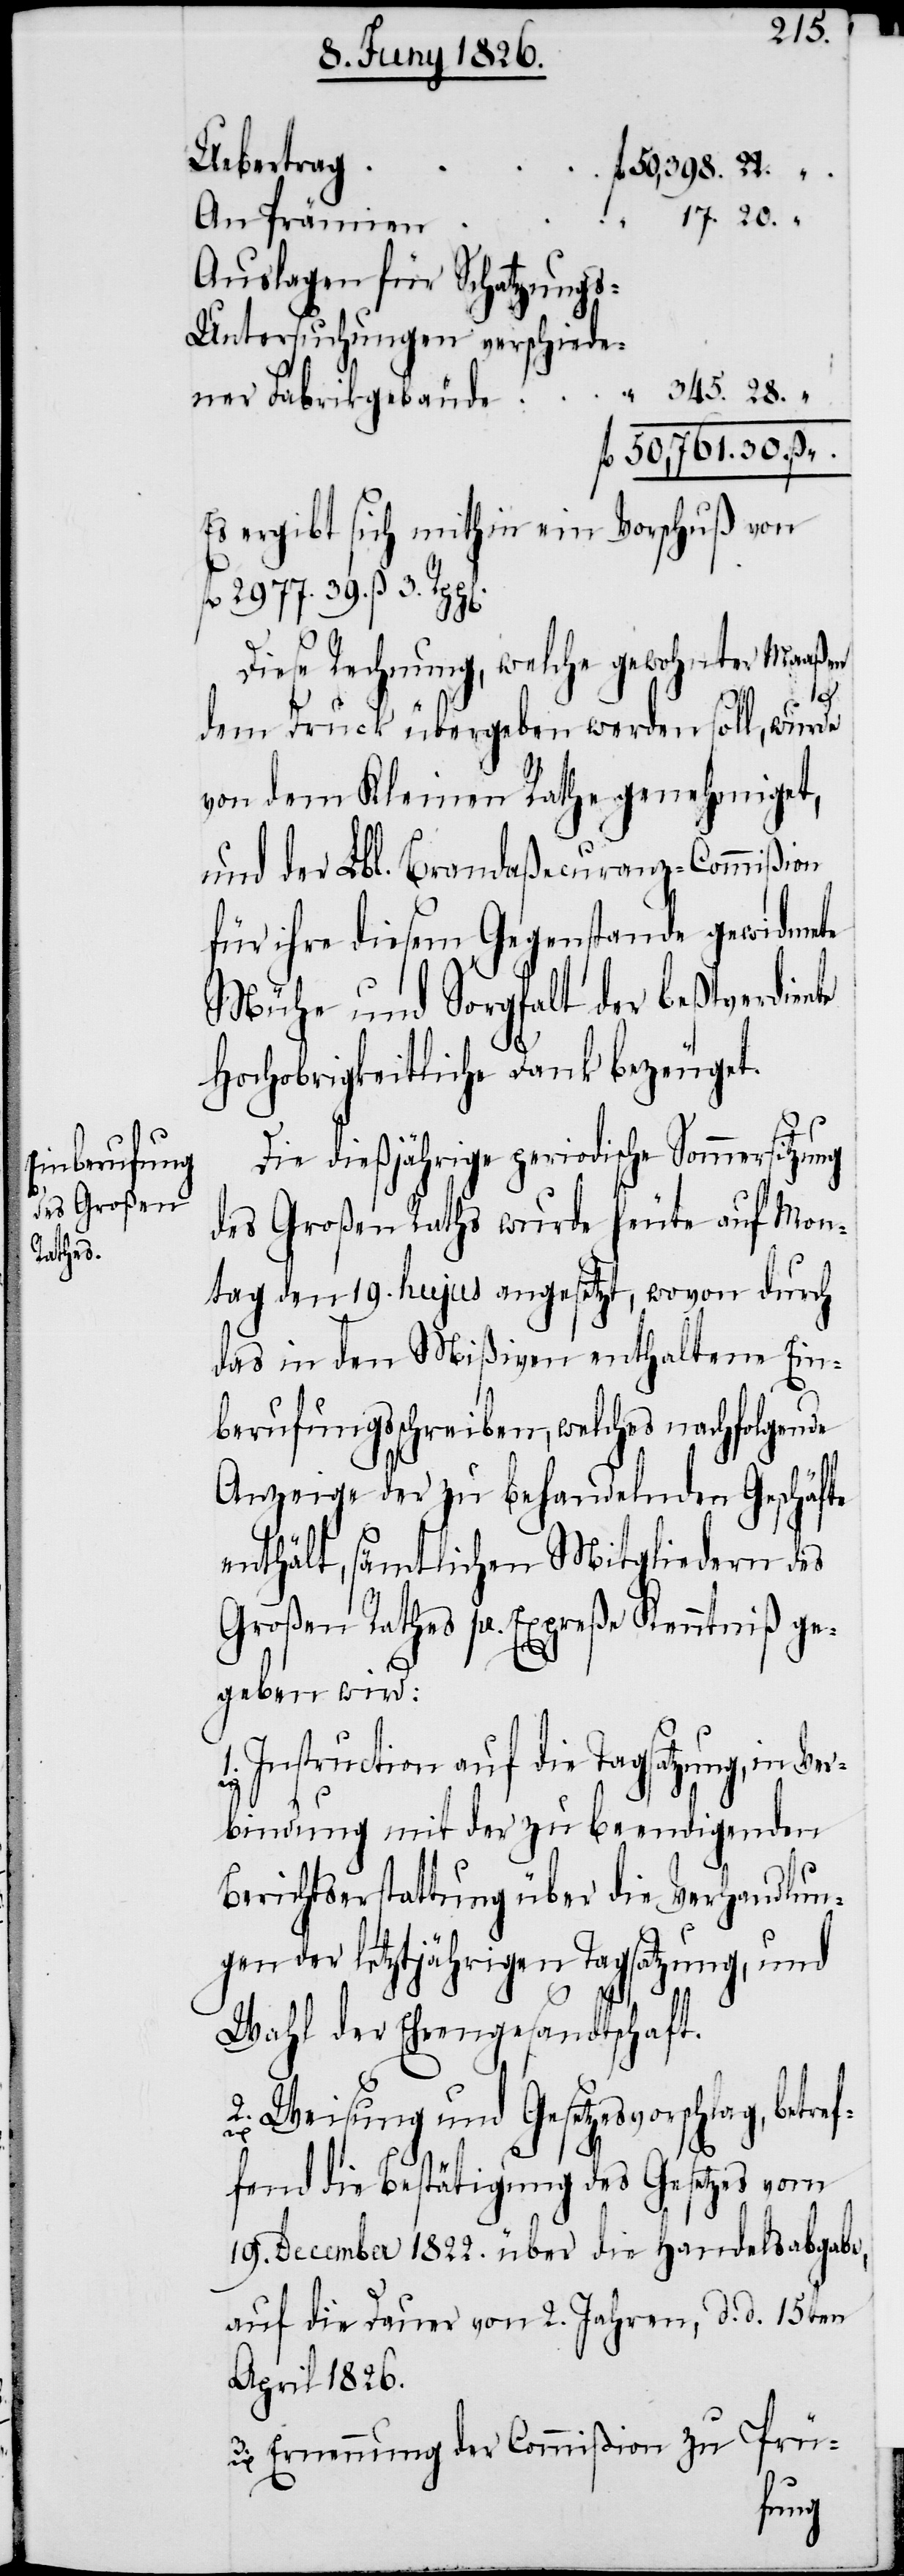
345.
An Prämien
Auslagen für Schatzung¬
s-Untersuchungen verschiede¬
fl. 50'761.30. ß
Es ergibt sich mithin ein Vorschuß von
fl. 2977. 39. ß 3. Rp¬
Diese Rechnung, welche gewohnter Maaßen
ng
dem Druck übergeben werden soll, wurde
von dem Kleinen Rathe genehmiget,
und der Lbl Brandaßecuranz-Commißion
für ihre diesem Gegenstande gewidmete
Mühe und Sorgfalt der beßtverdiente
Hochobrigkeitliche Dank bezeuget.
Die dießjährige periodische Sommersitzu¬
des Großen Raths wurde heute auf Mon¬
tag den 19. hujus angesetzt, wovon durch
das in den Mißiven enthaltene Ein¬
berufungsschreiben, welches nachfolgende
Anzeige der zu behandelnden Geschäfte
enthält, sämtlichen Mitgliedern des
Großen Rathes pr. Expreße Kenntniß ge¬
geben wird:
1. Instruction auf die Tagsatzung, in Ver¬
bindung mit der zu beendigenden
Berichtserstattung über die Verhandlun¬
gen der letztjährigen Tagsatzung, und
Wahl der Ehrengesandtschaft.
2. Weisung und Gesetzesvorschlag, bet¬
ref¬
fend die Bestätigung des Gesetzes vom
19. December 1822. über die Handelsabgabe,
auf die Dauer von 2. Jahren, d. d. 15ten
April 1826.
3. Ernennung der Commißion zu Prü-